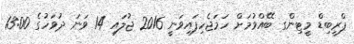
ޕްރީބިޑް މީޓިންގ ބޭއްވުމަށް ހަމަޖެހިފައިވަނީ 2016 ޖުލައި 14 ވަނަ ދުވަހުގެ 13:00